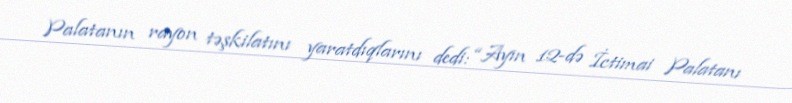
Palatanın rayon təşkilatını yaratdıqlarını dedi: “Ayın 12-də İctimai Palatanı